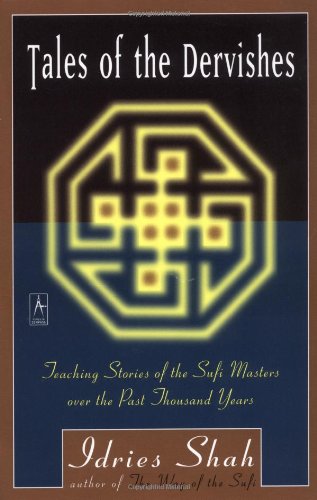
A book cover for Tales of the Dervishes: Teaching Stories of the Sufi Masters over the Past Thousand Years (Compass); Idries Shah; Religion & Spirituality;